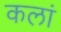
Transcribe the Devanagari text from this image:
कलां